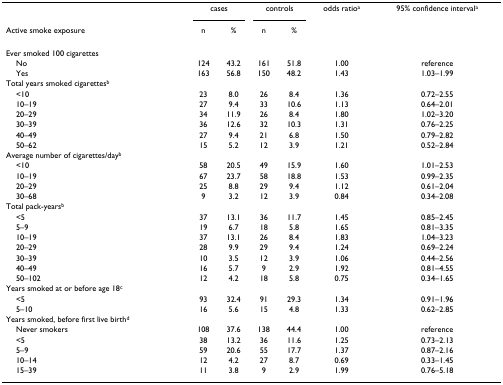
<table><thead><tr><td></td><td colspan="2"><b>cases</b></td><td colspan="2"><b>controls</b></td><td><b>odds ratio<sup>a</sup></b></td><td><b>95% confidence interval<sup>a</sup></b></td></tr><tr><td><b>Active smoke exposure</b></td><td><b>n</b></td><td><b>%</b></td><td><b>n</b></td><td><b>%</b></td><td></td><td></td></tr></thead><tbody><tr><td>Ever smoked 100 cigarettes</td><td></td><td></td><td></td><td></td><td></td><td></td></tr><tr><td> No</td><td>124</td><td>43.2</td><td>161</td><td>51.8</td><td>1.00</td><td>reference</td></tr><tr><td> Yes</td><td>163</td><td>56.8</td><td>150</td><td>48.2</td><td>1.43</td><td>1.03–1.99</td></tr><tr><td>Total years smoked cigarettes<sup>b</sup></td><td></td><td></td><td></td><td></td><td></td><td></td></tr><tr><td> &lt;10</td><td>23</td><td>8.0</td><td>26</td><td>8.4</td><td>1.36</td><td>0.72–2.55</td></tr><tr><td> 10–19</td><td>27</td><td>9.4</td><td>33</td><td>10.6</td><td>1.13</td><td>0.64–2.01</td></tr><tr><td> 20–29</td><td>34</td><td>11.9</td><td>26</td><td>8.4</td><td>1.80</td><td>1.02–3.20</td></tr><tr><td> 30–39</td><td>36</td><td>12.6</td><td>32</td><td>10.3</td><td>1.31</td><td>0.76–2.25</td></tr><tr><td> 40–49</td><td>27</td><td>9.4</td><td>21</td><td>6.8</td><td>1.50</td><td>0.79–2.82</td></tr><tr><td> 50–62</td><td>15</td><td>5.2</td><td>12</td><td>3.9</td><td>1.21</td><td>0.52–2.84</td></tr><tr><td>Average number of cigarettes/day<sup>b</sup></td><td></td><td></td><td></td><td></td><td></td><td></td></tr><tr><td> &lt;10</td><td>58</td><td>20.5</td><td>49</td><td>15.9</td><td>1.60</td><td>1.01–2.53</td></tr><tr><td> 10–19</td><td>67</td><td>23.7</td><td>58</td><td>18.8</td><td>1.53</td><td>0.99–2.35</td></tr><tr><td> 20–29</td><td>25</td><td>8.8</td><td>29</td><td>9.4</td><td>1.12</td><td>0.61–2.04</td></tr><tr><td> 30–68</td><td>9</td><td>3.2</td><td>12</td><td>3.9</td><td>0.84</td><td>0.34–2.08</td></tr><tr><td>Total pack-years<sup>b</sup></td><td></td><td></td><td></td><td></td><td></td><td></td></tr><tr><td> &lt;5</td><td>37</td><td>13.1</td><td>36</td><td>11.7</td><td>1.45</td><td>0.85–2.45</td></tr><tr><td> 5–9</td><td>19</td><td>6.7</td><td>18</td><td>5.8</td><td>1.65</td><td>0.81–3.35</td></tr><tr><td> 10–19</td><td>37</td><td>13.1</td><td>26</td><td>8.4</td><td>1.83</td><td>1.04–3.23</td></tr><tr><td> 20–29</td><td>28</td><td>9.9</td><td>29</td><td>9.4</td><td>1.24</td><td>0.69–2.24</td></tr><tr><td> 30–39</td><td>10</td><td>3.5</td><td>12</td><td>3.9</td><td>1.06</td><td>0.44–2.56</td></tr><tr><td> 40–49</td><td>16</td><td>5.7</td><td>9</td><td>2.9</td><td>1.92</td><td>0.81–4.55</td></tr><tr><td> 50–102</td><td>12</td><td>4.2</td><td>18</td><td>5.8</td><td>0.75</td><td>0.34–1.65</td></tr><tr><td>Years smoked at or before age 18<sup>c</sup></td><td></td><td></td><td></td><td></td><td></td><td></td></tr><tr><td> &lt;5</td><td>93</td><td>32.4</td><td>91</td><td>29.3</td><td>1.34</td><td>0.91–1.96</td></tr><tr><td> 5–10</td><td>16</td><td>5.6</td><td>15</td><td>4.8</td><td>1.33</td><td>0.62–2.85</td></tr><tr><td>Years smoked, before first live birth<sup>d</sup></td><td></td><td></td><td></td><td></td><td></td><td></td></tr><tr><td> Never smokers</td><td>108</td><td>37.6</td><td>138</td><td>44.4</td><td>1.00</td><td>reference</td></tr><tr><td> &lt;5</td><td>38</td><td>13.2</td><td>36</td><td>11.6</td><td>1.25</td><td>0.73–2.13</td></tr><tr><td> 5–9</td><td>59</td><td>20.6</td><td>55</td><td>17.7</td><td>1.37</td><td>0.87–2.16</td></tr><tr><td> 10–14</td><td>12</td><td>4.2</td><td>27</td><td>8.7</td><td>0.69</td><td>0.33–1.45</td></tr><tr><td> 15–39</td><td>11</td><td>3.8</td><td>9</td><td>2.9</td><td>1.99</td><td>0.76–5.18</td></tr></tbody></table>